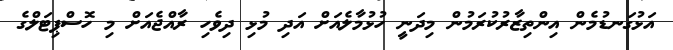
އަޅުގަނޑުމެން އިންތިޒާރުކުރަމުން މިދަނީ ހުޅުމާލެއަށް އަދި މުޅި ދިވެހި ރާއްޖެއަށް މި ހޮސްޕިޓަލްގެ